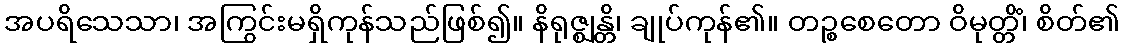
အပရိသေသာ၊ အကြွင်းမရှိကုန်သည်ဖြစ်၍။ နိရုဇ္ဈန္တိ၊ ချုပ်ကုန်၏။ တဉ္စစေတော ဝိမုတ္တိံ၊ စိတ်၏